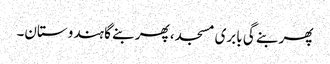
پھر بنے گی بابری مسجد، پھر بنے گا ہندوستان۔